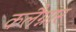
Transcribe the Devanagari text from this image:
कलैग्नार